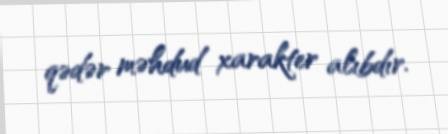
qədər məhdud xarakter alıbdır.